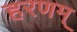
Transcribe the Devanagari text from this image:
हरणम्